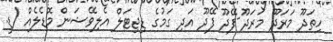
ހިތަދޫ މަރަދޫ މަރަދޫ-ފޭދޫ ފޭދޫ އަދި ގަމުގެ ޑިޖިޓަލް އެލިވޭޝަން މޮޑެލެއް (ޑީ.